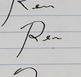
Signature authenticity: forged